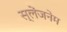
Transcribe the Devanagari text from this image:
स्लेंजनेम